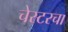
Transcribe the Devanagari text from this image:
चेस्टरचा